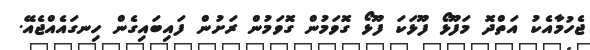
ޖެހުމާއެކު އަތްދޮ މަފޫޅޯ ފޫޅަކަ ފޫޅޯ ގޮވަމުން ގޮވަމުން ރަށުން ފައިބައިގެން ހިނގައެއްޖެއޭ.